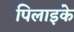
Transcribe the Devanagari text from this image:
पिलाइके